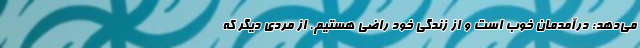
می‌دهد: درآمدمان خوب است و از زندگی خود راضی هستیم. از مردی دیگر که